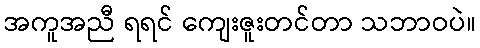
အကူအညီ ရရင် ကျေးဇူးတင်တာ သဘာဝပဲ။